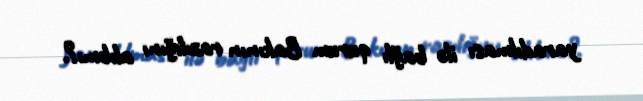
yaradılması ilə bağlı qurum Bakının razılığını alıbmı?.